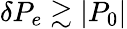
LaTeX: \delta P_{e}\gtrsim|P_{0}|